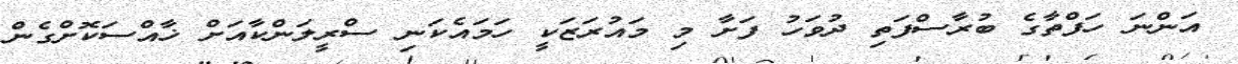
އަންނަ ހަފްތާގެ ބުރާސްފަތި ދުވަހު ފަށާ މި މައުރަޒަކީ ހަމައެކަނި ސްރީލަންކާއަށް ޚާއްސަކޮށްގެން